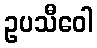
ဥပသီဝေါ